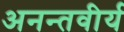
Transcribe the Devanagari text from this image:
अनन्तवीर्य